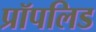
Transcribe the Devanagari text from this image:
प्रॉपलिड